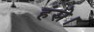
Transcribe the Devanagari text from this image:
हंसे।